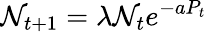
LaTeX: \mathcal{N}_{t+1}=\lambda\mathcal{N}_{t}e^{-aP_{t}}